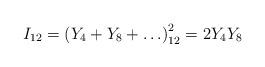
LaTeX: \begin{align*}I_{12} = \left(Y_4 + Y_8 + \ldots \right)_{12}^2 = 2 Y_4 Y_8\end{align*}